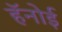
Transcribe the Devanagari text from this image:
हॅनोई